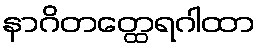
နာဂိတတ္ထေရဂါထာ